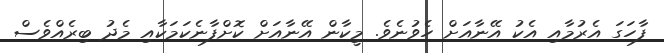
ފާހަގަ އެރުމާއި އެކު އޭނާއަށް ހެވުނެވެ. މީކާން އޭނާއަށް ކޮށްފާނެކަމަކާއި މެދު ބިރެއްވެސް